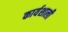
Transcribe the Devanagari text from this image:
कार्यशाली